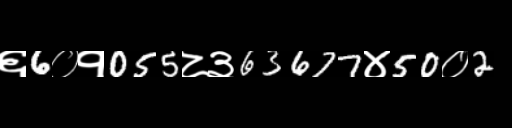
Text: ६6०१055८३63677४50०2